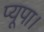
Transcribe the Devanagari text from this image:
प्यूपा।